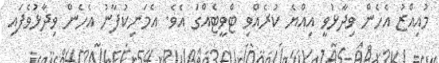
މުއިއްޒު އެހެން ވިދާޅުވީ އިއްޔެ ކުރެއްވި ޓްވީޓެއްގަ އެވެ. އެމަނިކުފާނު އެހެން ވިދާޅުވެފައި